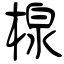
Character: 楾